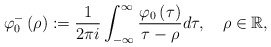
\begin{align*}\varphi_{0}^{-}\left( \rho\right) :=\frac{1}{2\pi i}\int_{-\infty}^{\infty}\frac{\varphi_{0}\left( \tau\right) }{\tau-\rho}d\tau,\quad\rho\in\mathbb{R}, \end{align*}